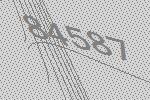
84587